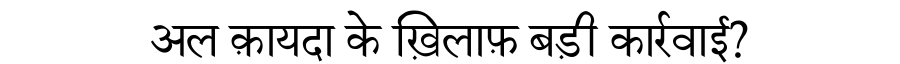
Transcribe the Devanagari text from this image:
अल क़ायदा के ख़िलाफ़ बड़ी कार्रवाई?